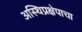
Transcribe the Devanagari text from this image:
अस्थिप्रक्षेपाचा